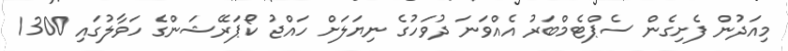
މިއަދުން ފެށިގެން ސެޕްޓެމްބަރު އެއްވަނަ ދުވަހުގެ ނިޔަލަށް ހައްޖު ކޯޕަރޭޝަންގެ ހަވާލުގައި 1300